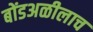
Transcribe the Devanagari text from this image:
बोंडअळीलाच